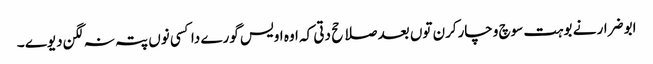
ابو ضرار نے بوہت سوچ وچارکرن توں بعد صلاحح دتی کہ اوہ اویس گورے دا کسی نوں پتہ نہ لگن دیوے ۔